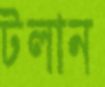
টলান